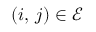
( i , \, j ) \in \mathcal { E }